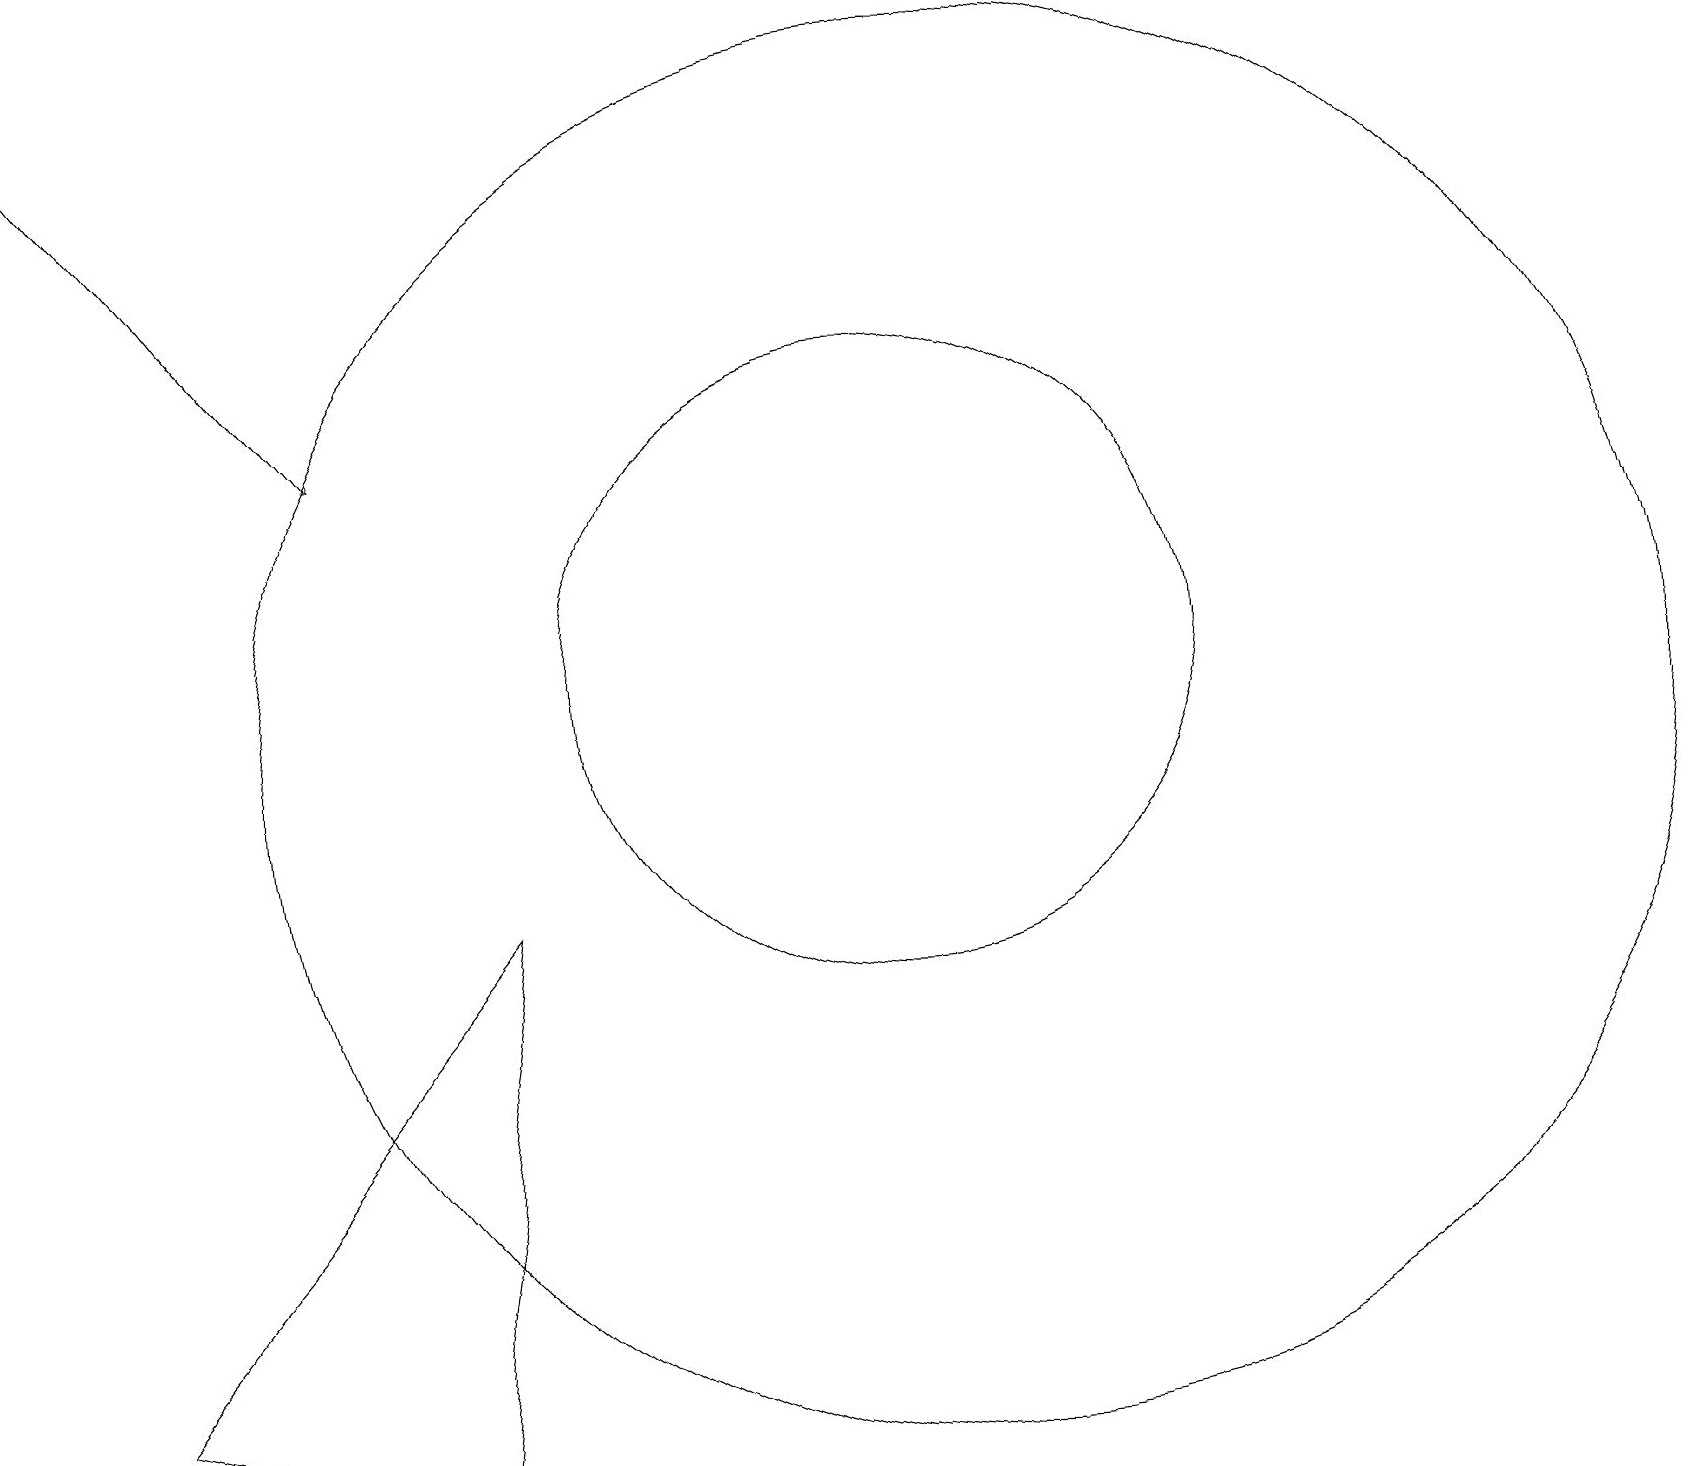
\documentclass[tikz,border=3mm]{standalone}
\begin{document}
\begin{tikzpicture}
\draw (11,11) circle (4);
\draw (5,1) -- (1,2) -- (6,8) -- cycle;
\draw (7,15) rectangle (7,15);
\draw (12,10) circle (9);
\draw[->] (0,19) -- (4,14);
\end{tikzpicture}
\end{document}